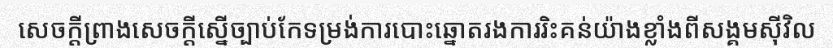
សេចក្តីព្រាងសេចក្តីស្នើច្បាប់កែទម្រង់ការបោះឆ្នោតរងការរិះគន់យ៉ាងខ្លាំងពីសង្គមស៊ីវិល